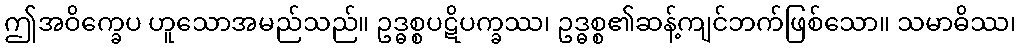
ဤအဝိက္ခေပ ဟူသောအမည်သည်။ ဥဒ္ဓစ္စပဋိပက္ခဿ၊ ဥဒ္ဓစ္စ၏ဆန့်ကျင်ဘက်ဖြစ်သော။ သမာဓိဿ၊